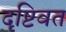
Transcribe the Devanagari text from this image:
दृष्टिवत